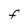
Character: F